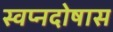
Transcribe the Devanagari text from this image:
स्वप्नदोषास